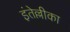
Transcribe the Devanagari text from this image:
इंतेल्लीका